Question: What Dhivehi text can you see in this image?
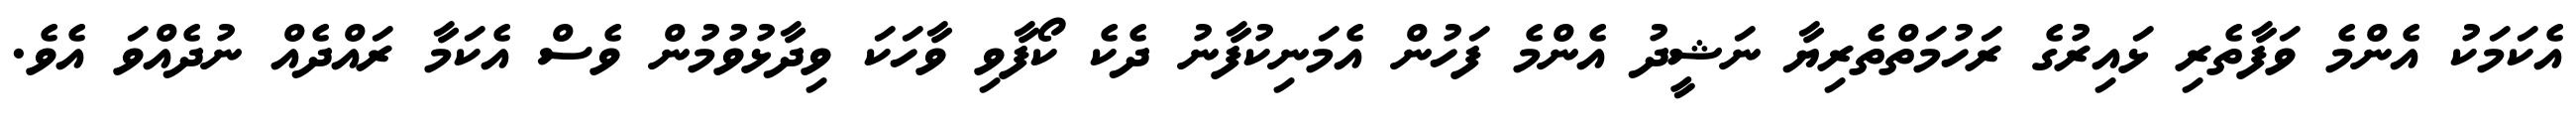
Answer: އެކަމަކު އެންމެ ވަފާތެރި ޅައިރުގެ ރަހުމަތްތެރިޔާ ނަޝީދު އެންމެ ފަހުން އެމަނިކުފާނު ދެކެ ކޯފާވި ވާހަކަ ވިދާޅުވުމުން ވެސް އެކަމާ ރައްދެއް ނުދެއްވަ އެވެ.